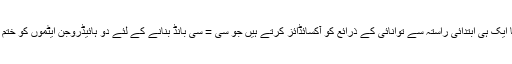
دونوں قسم کے بیکٹیریا ایک ہی ابتدائی راستہ سے توانائی کے ذرائع کو آکسائڈائز کرتے ہیں جو سی = سی بانڈ بنانے کے لئے دو ہائیڈروجن ایٹموں کو ختم کرکے شروع ہوتا ہے۔